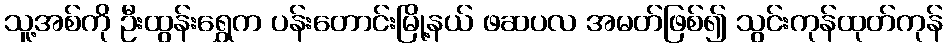
သူ့အစ်ကို ဦးထွန်းရွှေက ပန်းတောင်းမြို့နယ် ဖဆပလ အမတ်ဖြစ်၍ သွင်းကုန်ထုတ်ကုန်